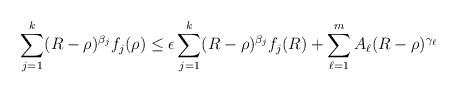
LaTeX: \begin{align*}\sum_{j=1}^k (R-\rho)^{\beta_j}f_j(\rho) \leq \epsilon \sum_{j=1}^k (R-\rho)^{\beta_j}f_j(R) + \sum_{\ell = 1}^{m} A_\ell (R-\rho)^{\gamma_{\ell}}\end{align*}